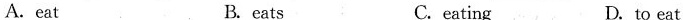
A.eat B. eats C.eating D.to eat